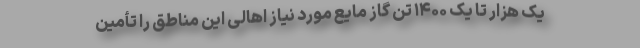
یک هزار تا یک ۱۴۰۰ تن گاز مایع مورد نیاز اهالی این مناطق را تأمین